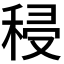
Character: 𮃆